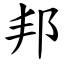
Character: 邦